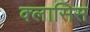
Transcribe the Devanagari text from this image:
क्लासिस